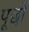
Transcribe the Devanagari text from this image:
पूछों